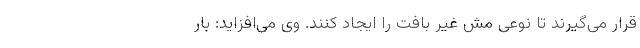
قرار می‌گیرند تا نوعی مش غیر بافت را ایجاد کنند. وی می‌افزاید: بار